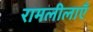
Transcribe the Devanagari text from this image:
रामलीलाएँ